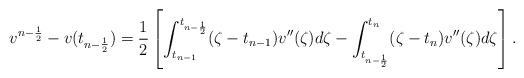
\begin{align*} v^{n-\frac{1}{2}}-v(t_{n-\frac{1}{2}}) = \frac{1}{2} \left[ \int_{t_{n-1}}^{t_{n-\frac{1}{2}}} (\zeta-t_{n-1})v''(\zeta)d\zeta - \int_{t_{n-\frac{1}{2}}}^{t_{n}} (\zeta-t_{n})v''(\zeta)d\zeta \right]. \end{align*}